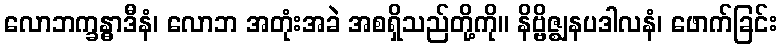
လောဘက္ခန္ဓာဒီနံ၊ လောဘ အတုံးအခဲ အစရှိသည်တို့ကို။ နိဗ္ဗိဇ္ဈနပဒါလနံ၊ ဖောက်ခြင်း